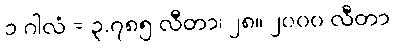
၁ ဂါလံ = ၃.၇၈၅ လီတာ၊ ၂၈။ ၂၀၀၀ လီတာ